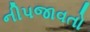
નીપજાવતો